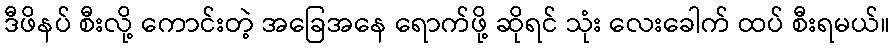
ဒီဖိနပ် စီးလို့ ကောင်းတဲ့ အခြေအနေ ရောက်ဖို့ ဆိုရင် သုံး လေးခေါက် ထပ် စီးရမယ်။